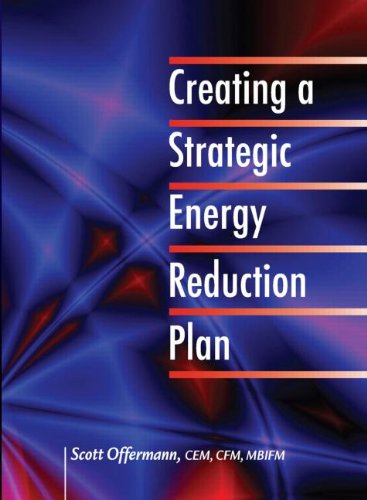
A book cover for Creating a Strategic Energy Reduction Plan; Scott Offermann  CEM  CFM  MBIFM; Crafts, Hobbies & Home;